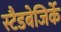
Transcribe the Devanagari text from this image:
स्टैडबेजिर्के